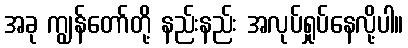
အခု ကျွန်တော်တို့ နည်းနည်း အလုပ်ရှုပ်နေလို့ပါ။